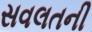
સવલતની